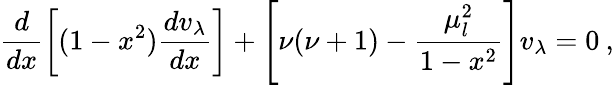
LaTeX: \frac{d}{dx}\left[(1-x^{2})\frac{dv_{\lambda}}{dx}\right]+\left[\nu(\nu+1)-\frac{\mu_{l}^{2}}{1-x^{2}}\right]v_{\lambda}=0\: ,